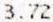
3.72